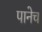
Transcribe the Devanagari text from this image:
पानेच